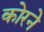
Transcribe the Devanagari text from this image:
कोरने